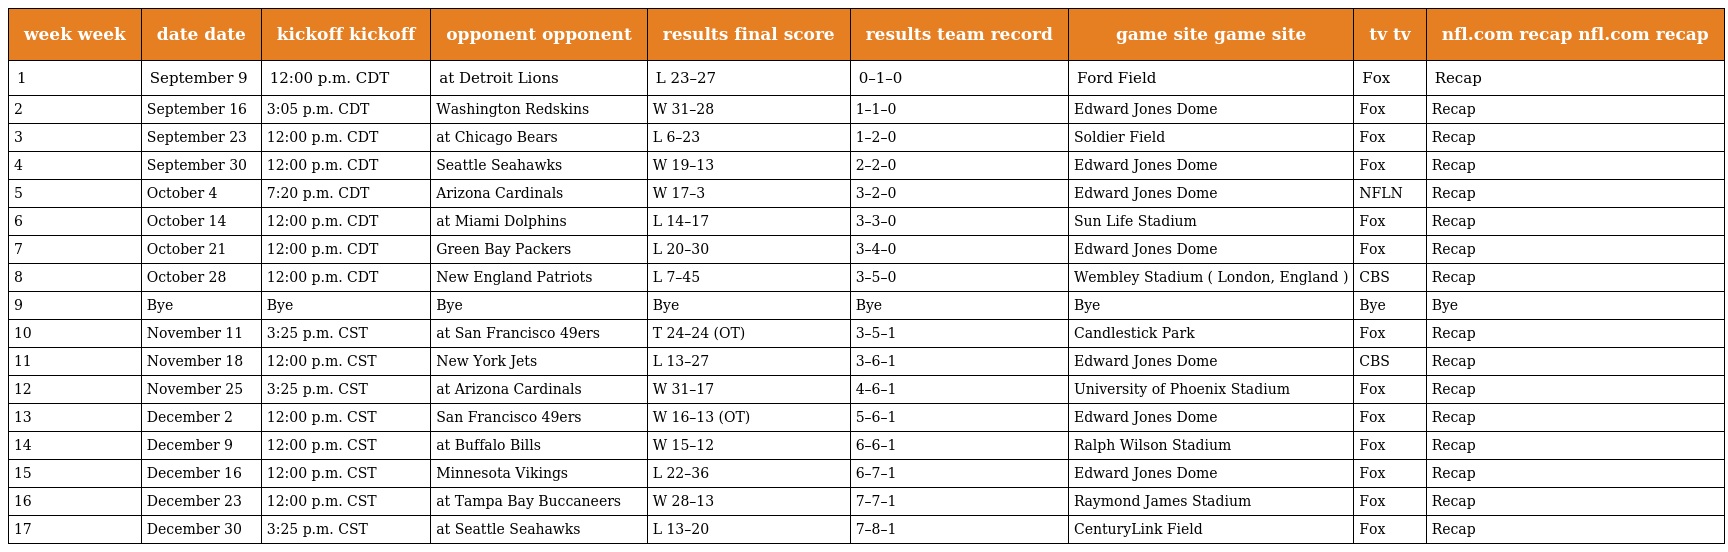
| week week | date date | kickoff kickoff | opponent opponent | results final score | results team record | game site game site | tv tv | nfl.com recap nfl.com recap |
 | --- | --- | --- | --- | --- | --- | --- | --- | --- |
 | 1 | September 9 | 12:00 p.m. CDT | at Detroit Lions | L 23–27 | 0–1–0 | Ford Field | Fox | Recap |
 | 2 | September 16 | 3:05 p.m. CDT | Washington Redskins | W 31–28 | 1–1–0 | Edward Jones Dome | Fox | Recap |
 | 3 | September 23 | 12:00 p.m. CDT | at Chicago Bears | L 6–23 | 1–2–0 | Soldier Field | Fox | Recap |
 | 4 | September 30 | 12:00 p.m. CDT | Seattle Seahawks | W 19–13 | 2–2–0 | Edward Jones Dome | Fox | Recap |
 | 5 | October 4 | 7:20 p.m. CDT | Arizona Cardinals | W 17–3 | 3–2–0 | Edward Jones Dome | NFLN | Recap |
 | 6 | October 14 | 12:00 p.m. CDT | at Miami Dolphins | L 14–17 | 3–3–0 | Sun Life Stadium | Fox | Recap |
 | 7 | October 21 | 12:00 p.m. CDT | Green Bay Packers | L 20–30 | 3–4–0 | Edward Jones Dome | Fox | Recap |
 | 8 | October 28 | 12:00 p.m. CDT | New England Patriots | L 7–45 | 3–5–0 | Wembley Stadium ( London, England ) | CBS | Recap |
 | 9 | Bye | Bye | Bye | Bye | Bye | Bye | Bye | Bye |
 | 10 | November 11 | 3:25 p.m. CST | at San Francisco 49ers | T 24–24 (OT) | 3–5–1 | Candlestick Park | Fox | Recap |
 | 11 | November 18 | 12:00 p.m. CST | New York Jets | L 13–27 | 3–6–1 | Edward Jones Dome | CBS | Recap |
 | 12 | November 25 | 3:25 p.m. CST | at Arizona Cardinals | W 31–17 | 4–6–1 | University of Phoenix Stadium | Fox | Recap |
 | 13 | December 2 | 12:00 p.m. CST | San Francisco 49ers | W 16–13 (OT) | 5–6–1 | Edward Jones Dome | Fox | Recap |
 | 14 | December 9 | 12:00 p.m. CST | at Buffalo Bills | W 15–12 | 6–6–1 | Ralph Wilson Stadium | Fox | Recap |
 | 15 | December 16 | 12:00 p.m. CST | Minnesota Vikings | L 22–36 | 6–7–1 | Edward Jones Dome | Fox | Recap |
 | 16 | December 23 | 12:00 p.m. CST | at Tampa Bay Buccaneers | W 28–13 | 7–7–1 | Raymond James Stadium | Fox | Recap |
 | 17 | December 30 | 3:25 p.m. CST | at Seattle Seahawks | L 13–20 | 7–8–1 | CenturyLink Field | Fox | Recap |